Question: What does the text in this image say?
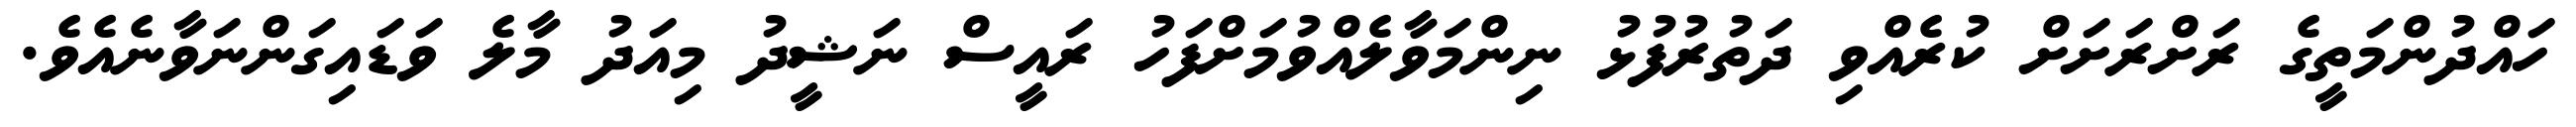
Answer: ހައްދުންމަތީގެ ރަށްރަށަށް ކުރެއްވި ދަތުރުފުޅު ނިންމަވާލެއްވުމަށްފަހު ރައީސް ނަޝީދު މިއަދު މާލެ ވަޑައިގަންނަވާނެއެވެ.